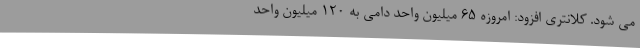
می شود. کلانتری افزود: امروزه ۶۵ میلیون واحد دامی به ۱۲۰ میلیون واحد